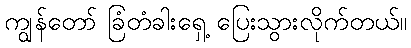
ကျွန်တော် ခြံတံခါးရှေ့ ပြေးသွားလိုက်တယ်။